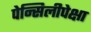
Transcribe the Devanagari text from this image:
पेन्सिलीपेक्षा